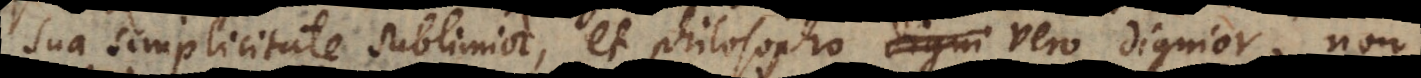
sua simplicitate sublimior, et philosopho vero dignior, non